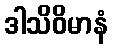
ဒါသိဝိမာနံ